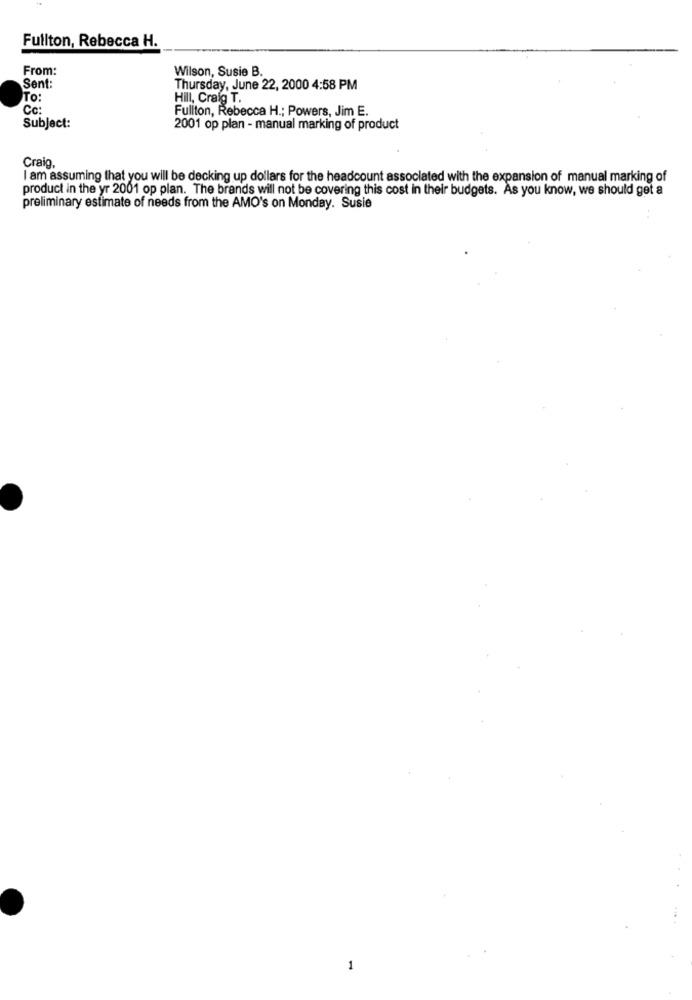
Fullton, Rebecca H.
From:
Wilson, Susie B.
Sent:
Thursday, June 22, 2000 4:58 PM
TO:
Hill, Craig T.
Cc:
Fullton, Rebecca H .; Powers, Jim E.
Subject:
2001 op plan - manual marking of product
Craig
I am assuming that you will be decking up dollars for the headcount associated with the expansion of manual marking of
product in the yr 2001 op plan. The brands will not be covering this cost in their budgets. As you know, we should get a
preliminary estimate of needs from the AMO's on Monday. Susie
1